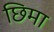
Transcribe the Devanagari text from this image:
छिमा